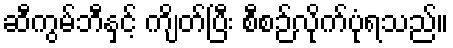
ဆီကွမ်ဘီနှင့် ကျိတ်ပြီး စီစဉ်လိုက်ပုံရသည်။